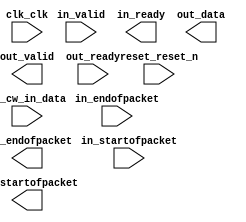

module LDPCdecoder (
	clk_clk,
	reset_reset_n,
	in_startofpacket,
	in_endofpacket,
	in_valid,
	in_ready,
	in_cw_in_data,
	out_startofpacket,
	out_endofpacket,
	out_valid,
	out_ready,
	out_data);	

	input		clk_clk;
	input		reset_reset_n;
	input		in_startofpacket;
	input		in_endofpacket;
	input		in_valid;
	output		in_ready;
	input	[5:0]	in_cw_in_data;
	output		out_startofpacket;
	output		out_endofpacket;
	output		out_valid;
	input		out_ready;
	output	[1:0]	out_data;
endmodule